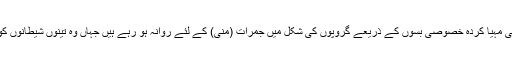
علی الصباح فجر کی نماز کے بعد وہ سعودی حکومت کی مہیا کردہ خصوصی بسوں کے ذریعے گروپوں کی شکل میں جمرات (منیٰ) کے لئے روانہ ہو رہے ہیں جہاں وہ تینوں شیطانوں کو باری باری کنکریاں ماریں گے اور دعائیں کریں گے۔